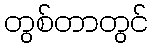
တွစ်တာတွင်